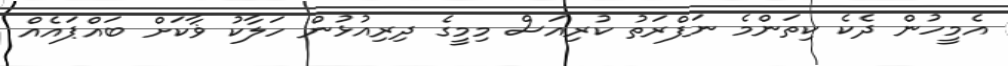
އެމީހުން ދެކެ ކިތަންމެ ނަފްރަތު ކުރިއަސް މިމީގެ ދިރިއުޅުން ހަލާކު ޥާކަށް ބައްޕައެއް